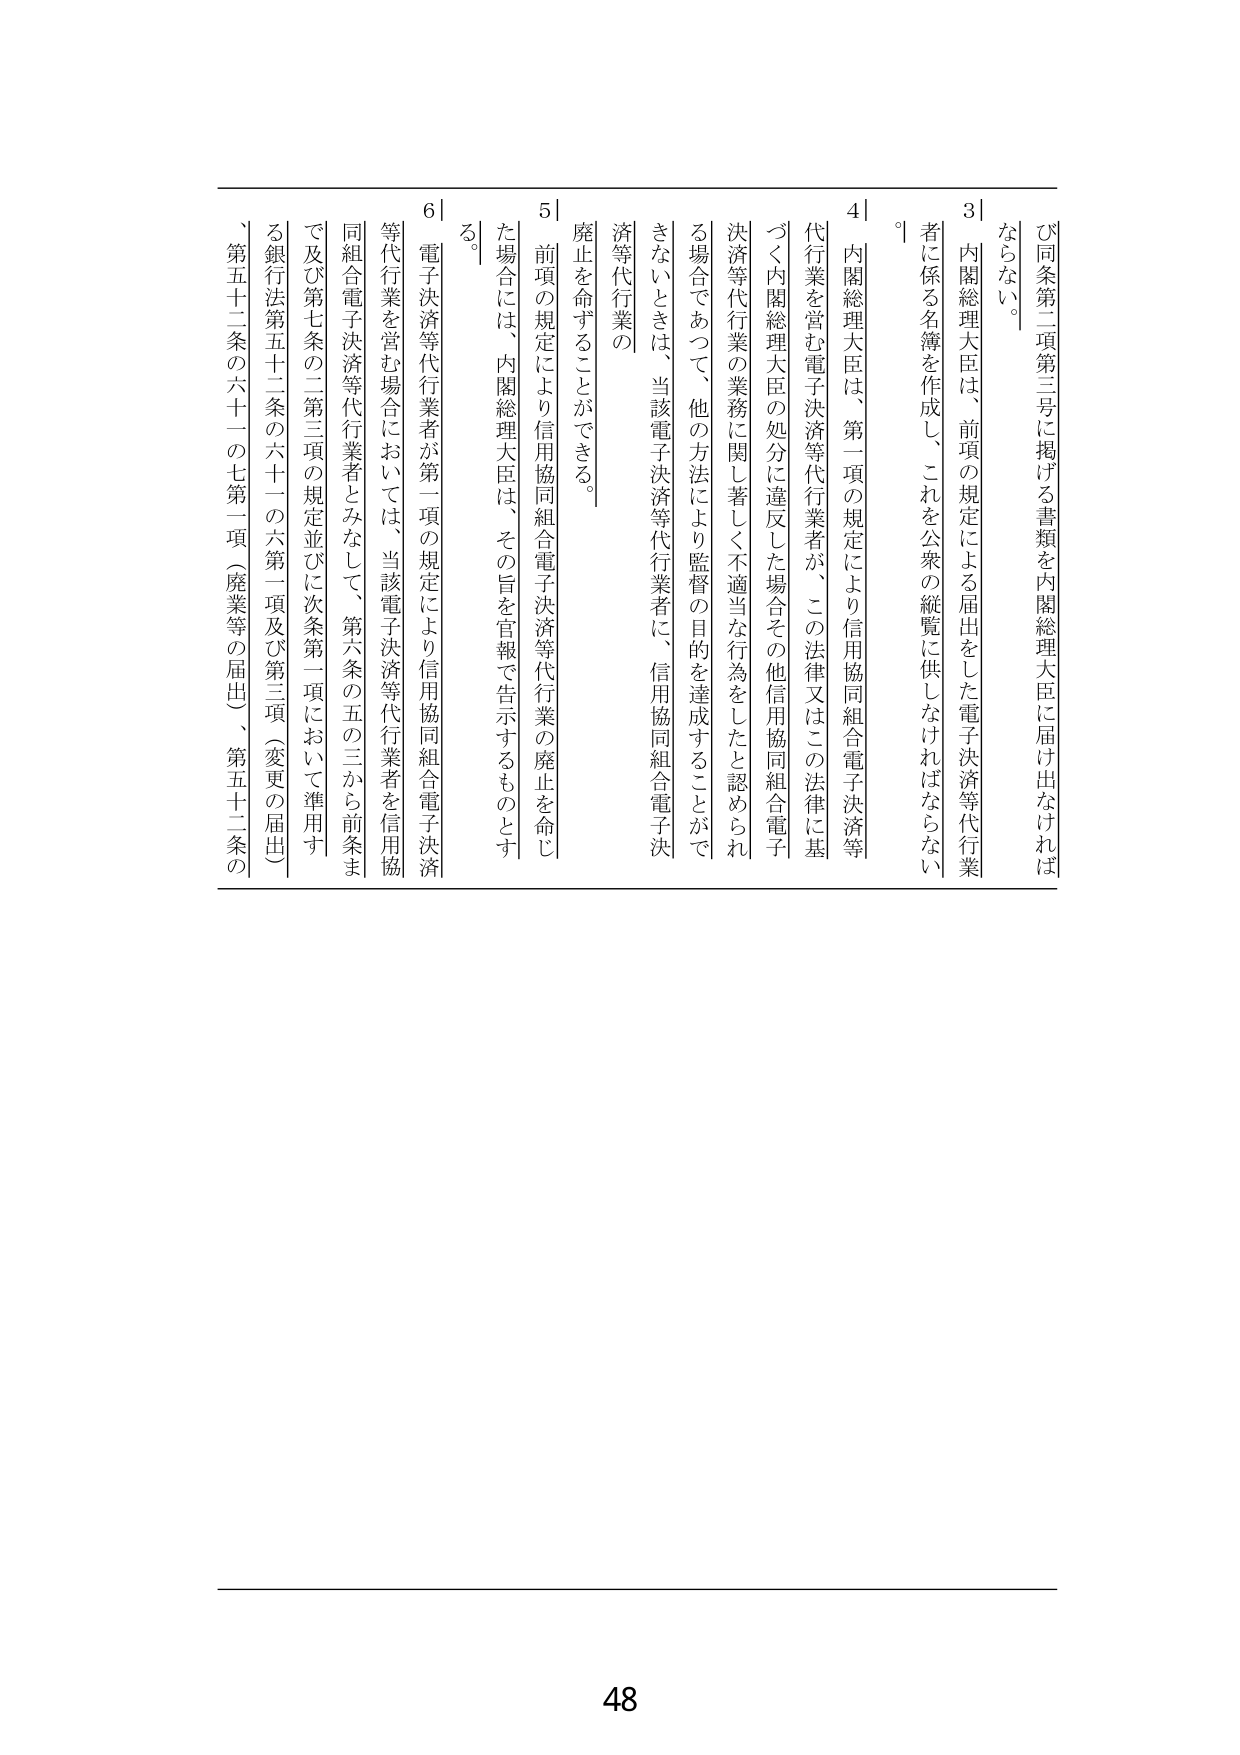
び同条第二項第三号に掲げる書類を内閣総理大臣に届け出なければならな い。

3｜内閣総理大臣は、前項の規定による届出をした電子決済等代行業者に係る名簿を作成し、これを公衆の縦覧に供しなければならない。

4｜内閣総理大臣は、第一項の規定により信用協同組合電子決済等代行業を営む電子決済等代行業者が、この法律又はこの法律に基づく内閣総理大臣の処分に違反した場合その他信用協同組合電子決済等代行業の業務に関して著しく不適当な行為をしたと認められる場合であつて、他の方法により監督の目的を達成することができないときは、当該電子決済等代行業者に、信用協同組合電子決済等代行業の廃止を命ずることができる。

5｜前項の規定により信用協同組合電子決済等代行業の廃止を命じた場合には、内閣総理大臣は、その旨を官報で告示するものとする。

6｜電子決済等代行業者が第一項の規定により信用協同組合電子決済等代行業を営む場合においては、当該電子決済等代行業者を信用協同組合電子決済等代行業者とみなして、第六条の五の三から前条まで及び第七条の二第三項の規定並びに次条第一項において準用する銀行法第五十二条の六十一の六第一項及び第三項（変更の届出）、第五十二条の六十一の七第一項（廃業等の届出）、第五十二条の

48